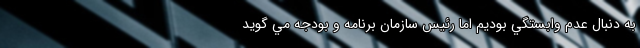
به دنبال عدم وابستگي بوديم اما رئیس سازمان برنامه و بودجه مي گويد